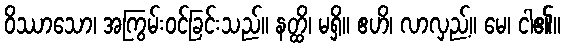
ဝိဿာသော၊ အကြွမ်းဝင်ခြင်းသည်။ နတ္ထိ၊ မရှိ။ ဧဟိ၊ လာလှည့်။ မေ၊ ငါ၏။